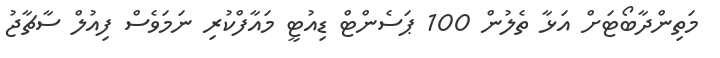
މަތިންދާބޯޓަށް އަޅާ ތެލުން 100 ޕަސެންޓް ޑިއުޓީ މައާފްކުރި ނަމަވެސް ފިއުލް ސާޗާޖު